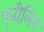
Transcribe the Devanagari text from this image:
एनीलिन